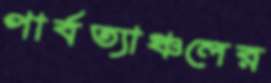
পার্বত্যাঞ্চলের